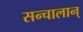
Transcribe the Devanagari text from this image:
सन्चालान्